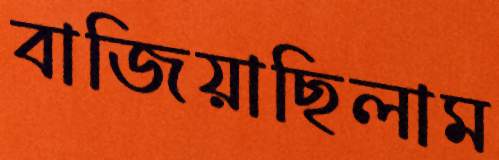
বাজিয়াছিলাম